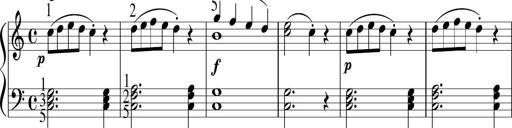
Title: 6 Instructive Sonatinas
Composer: Jacob Schmitt